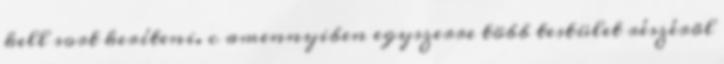
kell sort keríteni. c amennyiben egyszerre több testület részérõl